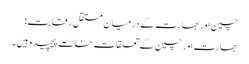
چین اور بھارت کے درمیان مستقل رقابت:
بھارت اور چین کے تعلقات خاصے پیچیدہ ہیں۔